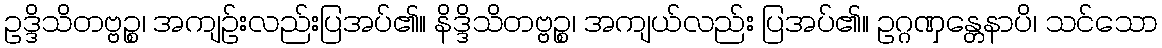
ဥဒ္ဒိသိတဗ္ဗဉ္စ၊ အကျဉ်းလည်းပြအပ်၏။ နိဒ္ဒိသိတဗ္ဗဉ္စ၊ အကျယ်လည်း ပြအပ်၏။ ဥဂ္ဂဏှန္တေနာပိ၊ သင်သော